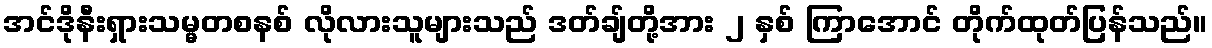
အင်ဒိုနီးရှားသမ္မတစနစ် လိုလားသူများသည် ဒတ်ချ်တို့အား ၂ နှစ် ကြာအောင် တိုက်ထုတ်ပြန်သည်။